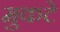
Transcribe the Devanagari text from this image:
मुकटे